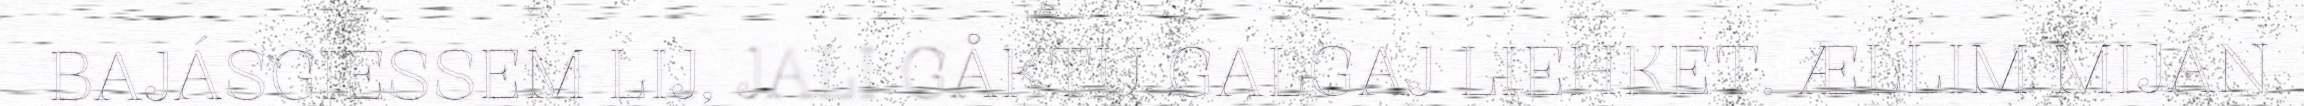
BAJÁSGIESSEM LIJ, JALI GÅKTU GALGAJ LIEHKET. ÆLLIM MIJÁN